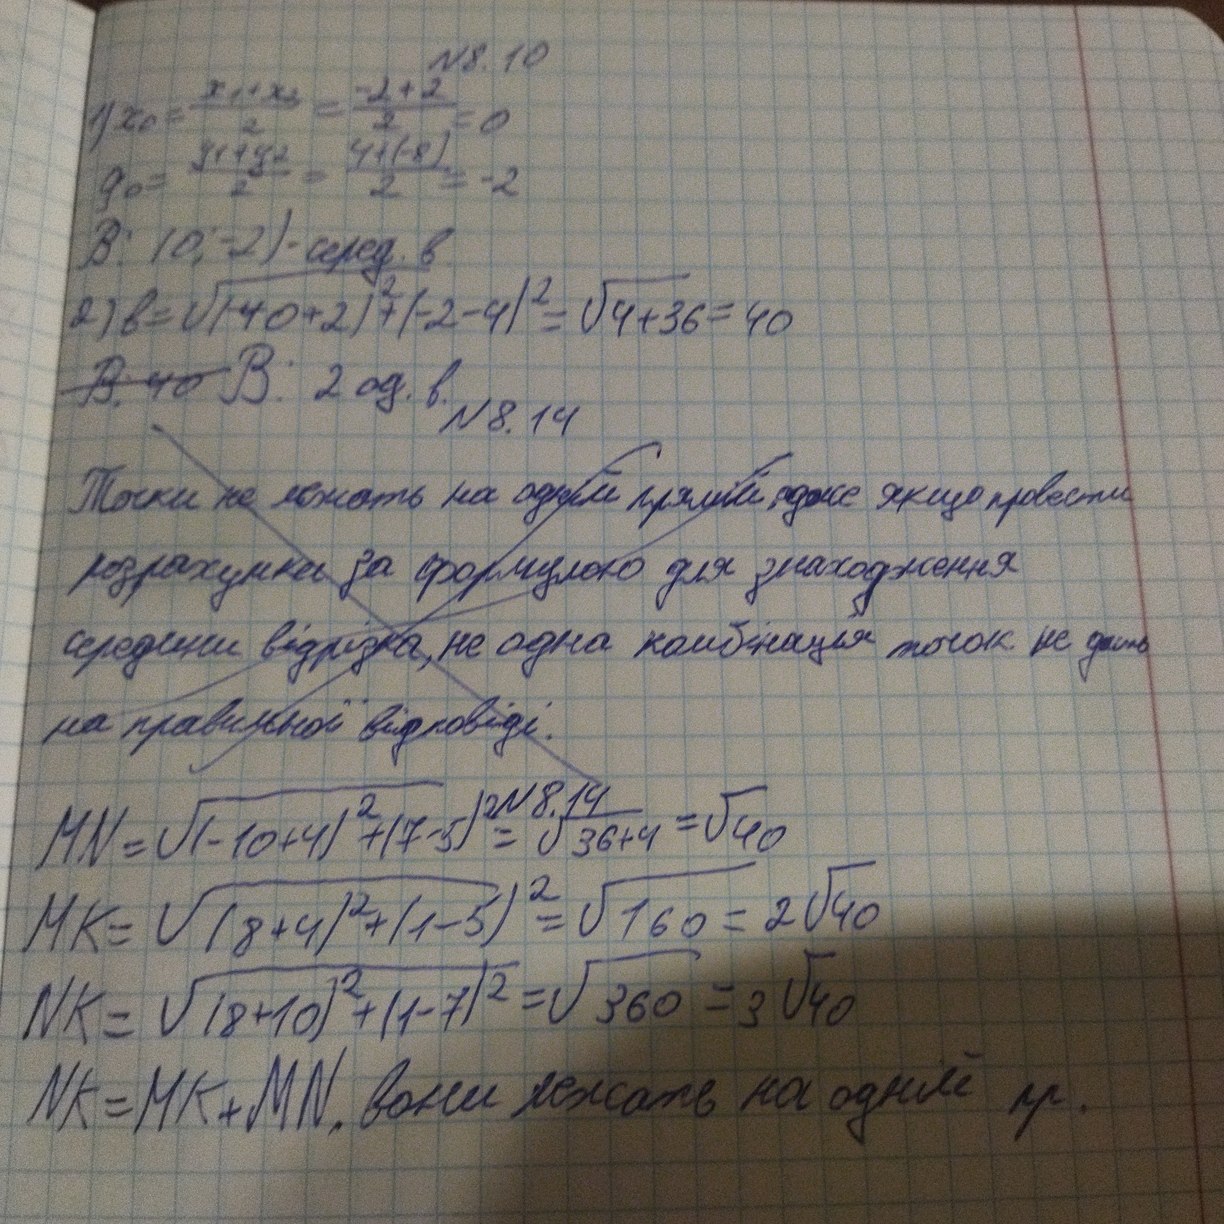
№ 8.10
1) x_0 = \frac{x_1 + x_2}{2} =  \frac{-2 + 2}{2} = 0
g_0 = \frac{g_1 + g_2}{2} =  \frac{4 + (-8)}{2} = -2
В: (0; -2) - серед. в.
2) b = \sqrt{(-40 + 2)^2 + (-2-4)^2} = \sqrt{4 + 36} = 40
~~В:40~~ В: 2 од.в.
№ 8.14
№ 8.14
MN = \sqrt{(-10 + 4)^2 + (7 - 5)^2 = \sqrt{36 + 4) = \sqrt{40}
MK = \sqrt{(8 + 4)^2 + (1 - 5)^2} = \sqrt{160} = 2\sqrt{40}
NK = \sqrt{(8 + 10)^2 + (1 - 7)^2 = \sqrt{360} = 3\sqrt{40}
NK = MK + MN, вони лежать на одній пр.